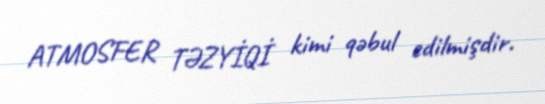
ATMOSFER TƏZYİQİ kimi qəbul edilmişdir.